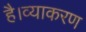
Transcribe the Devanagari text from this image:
है।व्याकरण